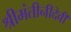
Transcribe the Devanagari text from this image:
श्रीमंतीनीदेवी